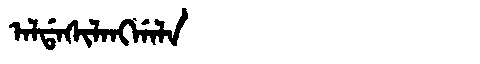
Manchu: ᠠᠯᡩᠠᠰᡳᠯᠠᠩᡤᠠᠯᠠ
Romanization: ALDASILANGGALA